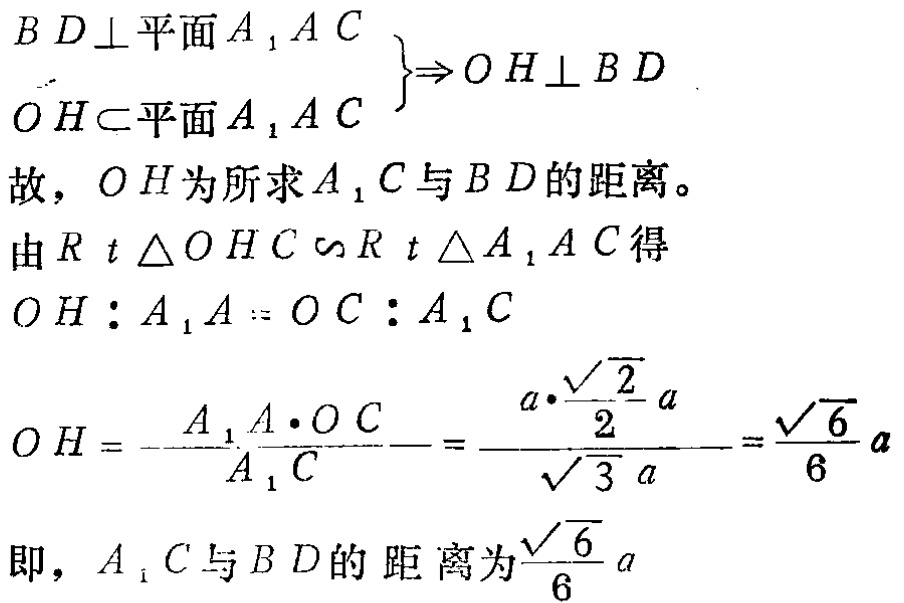
\[
\begin{align*}
\left.\begin{array}{l}
BD\perp\text{平面}A_1AC\\
OH\subset\text{平面}A_1AC
\end{array}\right\}\Rightarrow OH\perp BD
\end{align*}
\]
故，\(OH\)为所求\(A_1C\)与\(BD\)的距离。
由\(Rt\triangle OHC\backsim Rt\triangle A_1AC\)得
\[
\begin{align*}
OH:A_1A&=OC:A_1C\\
OH&=\frac{A_1A\cdot OC}{A_1C}=\frac{a\cdot\frac{\sqrt{2}}{2}a}{\sqrt{3}a}=\frac{\sqrt{6}}{6}a
\end{align*}
\]
即，\(A_1C\)与\(BD\)的 距离为\(\frac{\sqrt{6}}{6}a\)